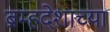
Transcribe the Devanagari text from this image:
ब्रम्हदेशाच्या